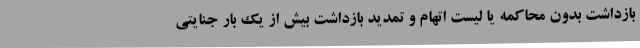
بازداشت بدون محاکمه یا لیست اتهام و تمدید بازداشت بیش از یک بار جنایتی